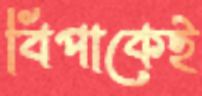
বিপাকেই